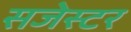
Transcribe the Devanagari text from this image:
सजेस्टर